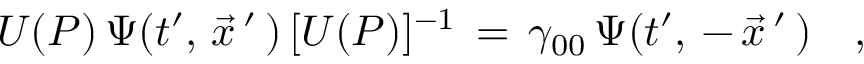
U ( P ) \, \Psi ( t ^ { \prime } , \, \vec { x } \, ^ { \prime } \, ) \, [ U ( P ) ] ^ { - 1 } \, = \, \gamma _ { 0 0 } \, \Psi ( t ^ { \prime } , \, - \, \vec { x } \, ^ { \prime } \, ) \quad ,